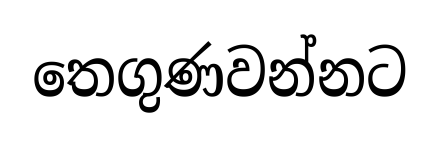
තෙගුණවන්නට